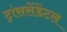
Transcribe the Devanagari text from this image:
ट्रांससेंडेंटल